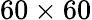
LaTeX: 60\times 60